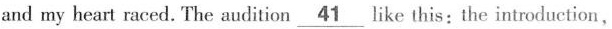
and my heart raced. The audition\underline{41} like this: the introduction,